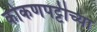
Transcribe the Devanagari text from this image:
कोकणपट्टीच्या